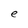
Character: e